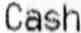
CASH